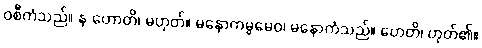
ဝစီကံသည်။ န ဟောတိ၊ မဟုတ်။ မနောကမ္မမေဝ၊ မနောကံသည်။ ဟေတိ၊ ဟုတ်၏။